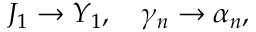
J _ { 1 } \rightarrow Y _ { 1 } , \quad \gamma _ { n } \rightarrow \alpha _ { n } ,